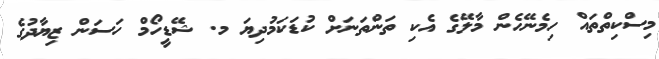
މިސްކިތްތައް ހިމެނޭހެން މާލޭގެ އެކި ތަންތަނަށް ކުޑަކަމުދިޔަ މ. ޝޭޑީހޯމް ހަސަން ޒިޔާދުގެ